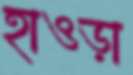
হাওড়া